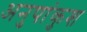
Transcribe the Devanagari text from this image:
अनुपांकुश